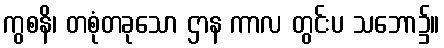
ကွစနိ၊ တစုံတခုသော ဌာန ကာလ တွင်းပ သဘော၌။